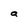
Character: a